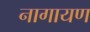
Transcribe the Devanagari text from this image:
नागायण